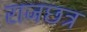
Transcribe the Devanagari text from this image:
राजछत्र